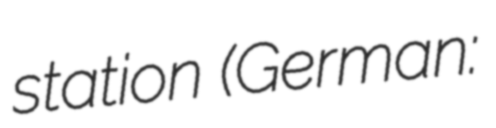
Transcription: station (German: